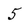
Character: 5